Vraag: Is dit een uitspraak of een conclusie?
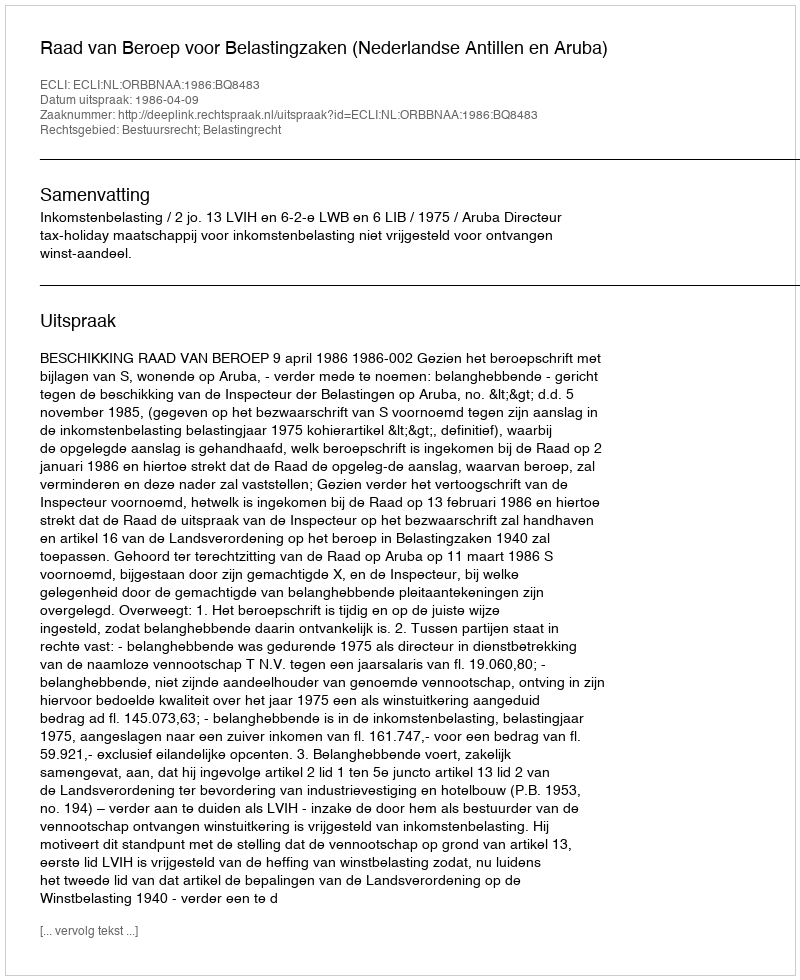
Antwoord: Uitspraak